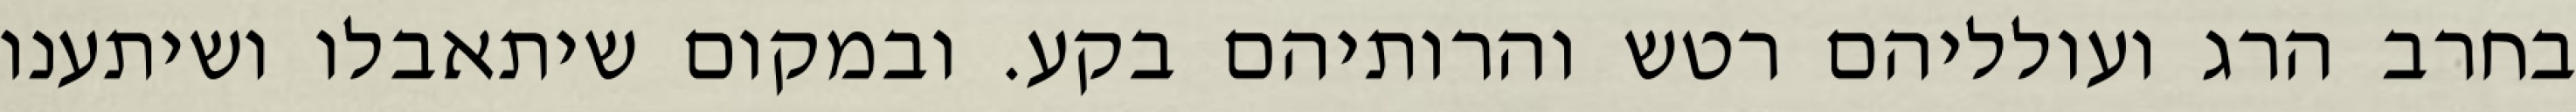
בחרב הרג ועולליהם רטש והרותיהם בקע. ובמקום שיתאבלו ושיתענו